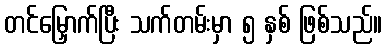
တင်မြှောက်ပြီး သက်တမ်းမှာ ၅ နှစ် ဖြစ်သည်။